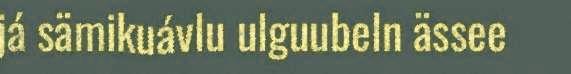
já sämikuávlu ulguubeln ässee